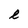
Character: l